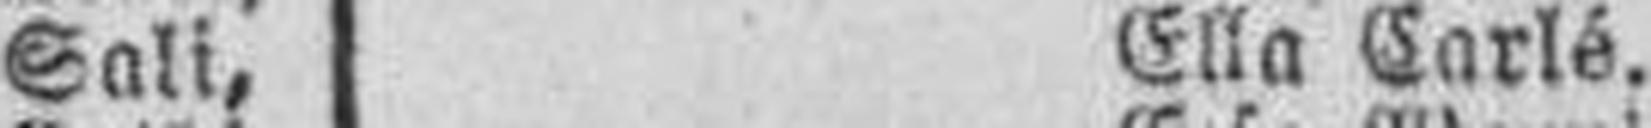
Sali, Ella Carlé.